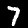
Digit: 7